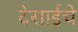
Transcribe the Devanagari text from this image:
देसाईचे